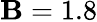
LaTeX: \mathbf{B}=1.8